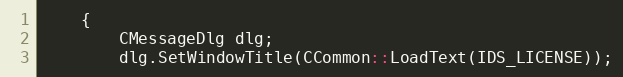
Language: C++
    {
        CMessageDlg dlg;
        dlg.SetWindowTitle(CCommon::LoadText(IDS_LICENSE));